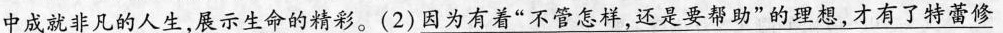
中成就非凡的人生，展示生命的精彩。（2）\underline{因为有着”不管怎样，还是要帮助”的理想，才有了特蕾修}